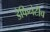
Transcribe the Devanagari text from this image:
डेफिनेटीव